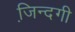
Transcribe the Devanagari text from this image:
जि़न्दगी